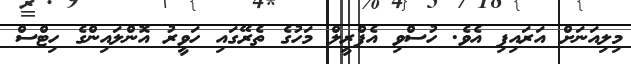
މިލިއަނަށް އަރައިފި އެވެ. ހުސްވި އެޕްރީލް މަހުގެ ތެރޭގައި ހަވީރު އޮންލައިންގެ ހިޓްސް